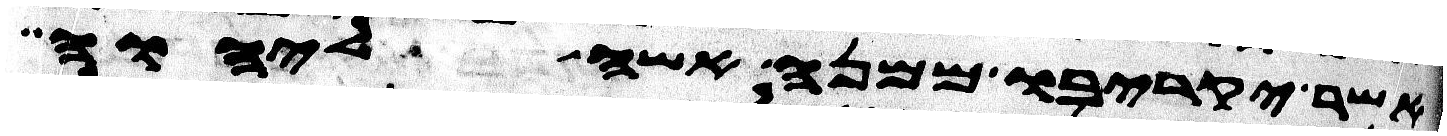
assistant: אשר יקריבו ממנה אשה ליהוה